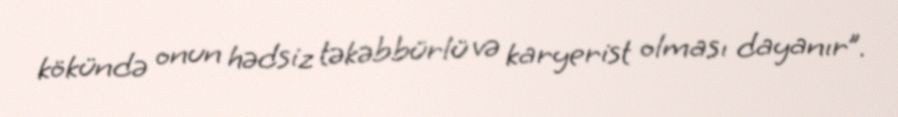
kökündə onun hədsiz təkəbbürlü və karyerist olması dayanır”.